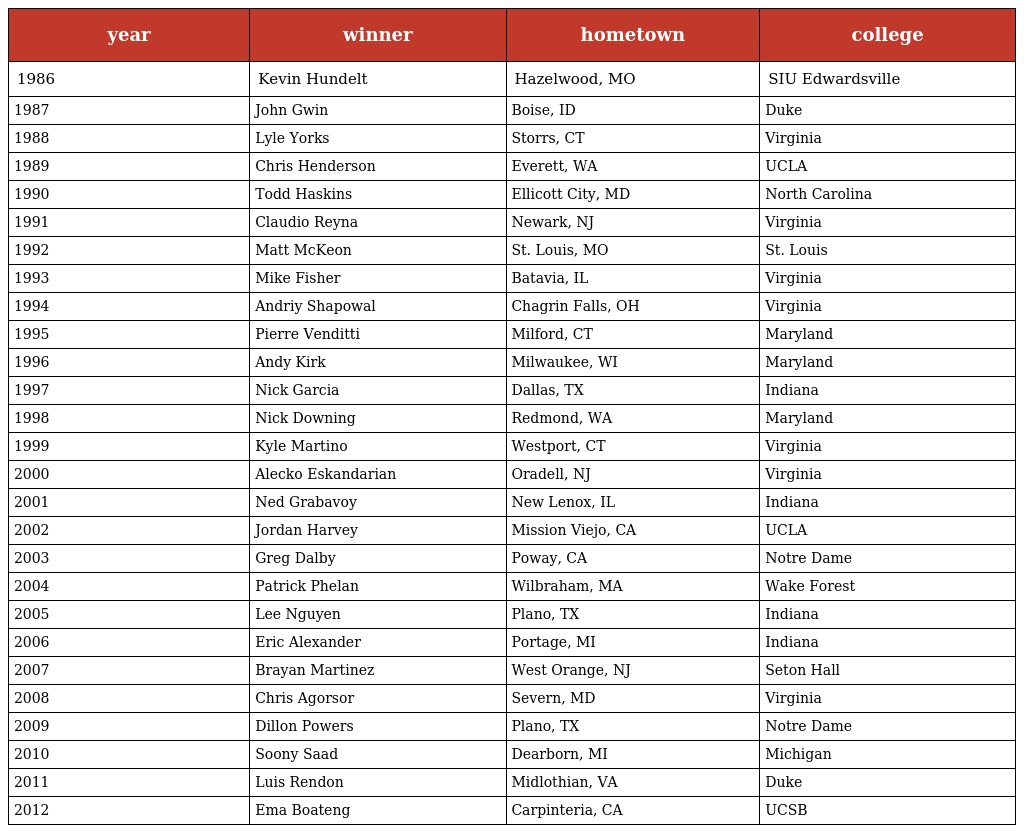
| year | winner | hometown | college |
 | --- | --- | --- | --- |
 | 1986 | Kevin Hundelt | Hazelwood, MO | SIU Edwardsville |
 | 1987 | John Gwin | Boise, ID | Duke |
 | 1988 | Lyle Yorks | Storrs, CT | Virginia |
 | 1989 | Chris Henderson | Everett, WA | UCLA |
 | 1990 | Todd Haskins | Ellicott City, MD | North Carolina |
 | 1991 | Claudio Reyna | Newark, NJ | Virginia |
 | 1992 | Matt McKeon | St. Louis, MO | St. Louis |
 | 1993 | Mike Fisher | Batavia, IL | Virginia |
 | 1994 | Andriy Shapowal | Chagrin Falls, OH | Virginia |
 | 1995 | Pierre Venditti | Milford, CT | Maryland |
 | 1996 | Andy Kirk | Milwaukee, WI | Maryland |
 | 1997 | Nick Garcia | Dallas, TX | Indiana |
 | 1998 | Nick Downing | Redmond, WA | Maryland |
 | 1999 | Kyle Martino | Westport, CT | Virginia |
 | 2000 | Alecko Eskandarian | Oradell, NJ | Virginia |
 | 2001 | Ned Grabavoy | New Lenox, IL | Indiana |
 | 2002 | Jordan Harvey | Mission Viejo, CA | UCLA |
 | 2003 | Greg Dalby | Poway, CA | Notre Dame |
 | 2004 | Patrick Phelan | Wilbraham, MA | Wake Forest |
 | 2005 | Lee Nguyen | Plano, TX | Indiana |
 | 2006 | Eric Alexander | Portage, MI | Indiana |
 | 2007 | Brayan Martinez | West Orange, NJ | Seton Hall |
 | 2008 | Chris Agorsor | Severn, MD | Virginia |
 | 2009 | Dillon Powers | Plano, TX | Notre Dame |
 | 2010 | Soony Saad | Dearborn, MI | Michigan |
 | 2011 | Luis Rendon | Midlothian, VA | Duke |
 | 2012 | Ema Boateng | Carpinteria, CA | UCSB |